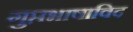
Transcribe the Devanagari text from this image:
गुप्तभाषाविद